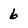
Character: 6